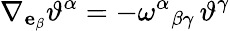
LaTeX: \nabla_{\mathbf{e}_{\beta}}\vartheta^{\alpha}=-\omega^{\alpha}{}_{\beta\gamma}\, \vartheta^{\gamma}